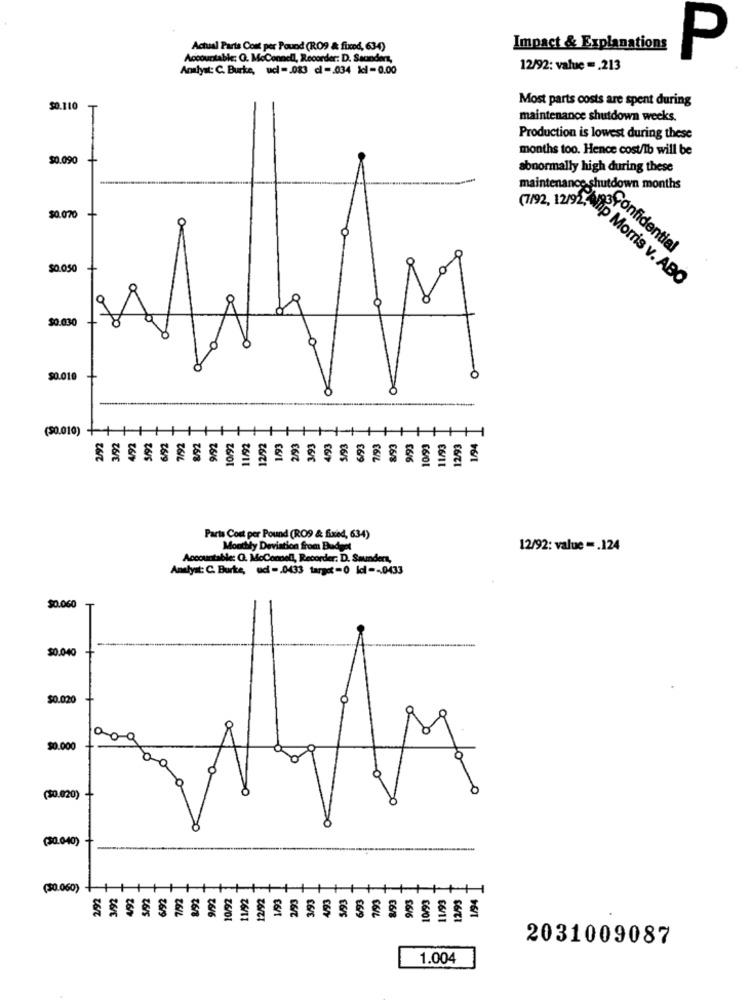
Actual Parts Cont per Pound (RO9 & fixod, 63-4)
Impact & Explanations
Accountable: Q. McConnell, Recorder: D. Sacinders,
P
Analyst: C. Burke, ucl -. 083 dl= 034 kdl-0.00
12/92: value =. 213
Most parts costs are spent during
$0.110
maintenance shutdown weeks.
Production is lowest during these
months too. Hence cost/Ib will be
$0.090
abnormally high during these
maintenance shutdown months
$0.070
a
Confidential
$0.050
(7/92, 12/91: lip Morris v. ABO
$0.030
+
M
$0.010
(50.010)
12/92
3/93
26
₹616
26/11
C6/1
06/5
€6/8
£616
C6/01
Parts Cost per Pound (RO9 & fixed, 634)
Monthly Deviation from Budget
12/92: value =. 124
Accountable: (. McConnell, Recorder: D. Saunders,
Analyst: C. Burke, ud -. 0433 target = 0 Id =- 0433
$0.060
$0.040
$0.020
$0.000
($0.020)
(30.040)
(30.060)
12/92
26/S
₹6/6
16/6
26/9
2601
26/1
€6/6
16/01
2031009087
1.004